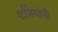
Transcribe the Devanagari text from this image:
धर्मियांनी